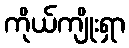
ကိုယ်ကျိုးရှာ